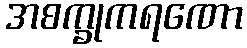
အစက္ခုကရဏော